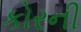
કોરની